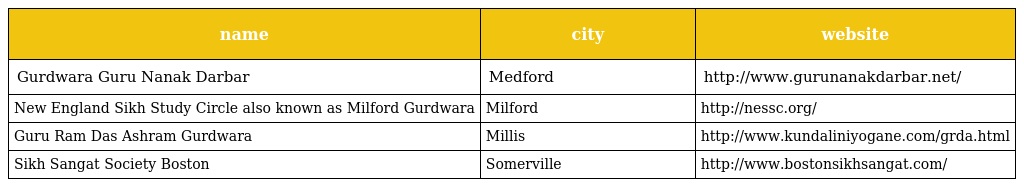
| name | city | website |
 | --- | --- | --- |
 | Gurdwara Guru Nanak Darbar | Medford | http://www.gurunanakdarbar.net/ |
 | New England Sikh Study Circle also known as Milford Gurdwara | Milford | http://nessc.org/ |
 | Guru Ram Das Ashram Gurdwara | Millis | http://www.kundaliniyogane.com/grda.html |
 | Sikh Sangat Society Boston | Somerville | http://www.bostonsikhsangat.com/ |